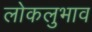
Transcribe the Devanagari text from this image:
लोकलुभाव